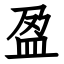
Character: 盈